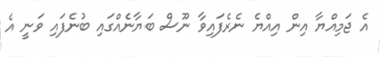
އެ ޖަމިއްޔާ އިން އިއްޔެ ނެރެފައިވާ ނޫސް ބަޔާނެއްގައި ބުނެފައި ވަނީ އެ